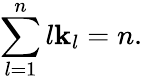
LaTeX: \sum_{l=1}^{n}l\mathbf{k}_{l}=n.